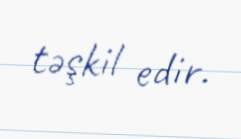
təşkil edir.